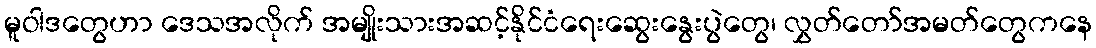
မူဝါဒတွေဟာ ဒေသအလိုက် အမျိုးသားအဆင့်နိုင်ငံရေးဆွေးနွေးပွဲတွေ၊ လွှတ်တော်အမတ်တွေကနေ